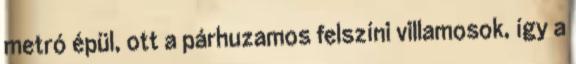
metró épül, ott a párhuzamos felszíni villamosok, így a